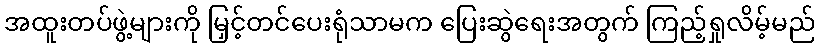
အထူးတပ်ဖွဲ့များကို မြှင့်တင်ပေးရုံသာမက ပြေးဆွဲရေးအတွက် ကြည့်ရှုလိမ့်မည်